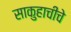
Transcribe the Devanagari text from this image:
साकुहाचीचे